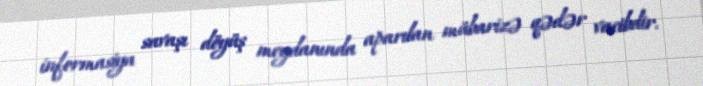
informasiya savaşı döyüş meydanında aparılan mübarizə qədər vacibdir.